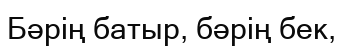
Бәрің батыр, бәрің бек,